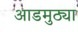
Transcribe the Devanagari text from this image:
आडमुठ्या